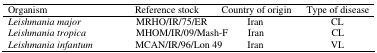
<table><thead><tr><td><b>Organism </b></td><td><b>Reference stock</b></td><td><b>Country of origin</b></td><td><b>Type of disease</b></td></tr></thead><tbody><tr><td><i>Leishmania major</i></td><td>MRHO/IR/75/ER</td><td>Iran</td><td>CL</td></tr><tr><td><i>Leishmania tropica</i></td><td>MHOM/IR/09/Mash-F</td><td>Iran</td><td>CL</td></tr><tr><td><i>Leishmania infantum</i></td><td>MCAN/IR/96/Lon 49</td><td>Iran</td><td>VL</td></tr></tbody></table>